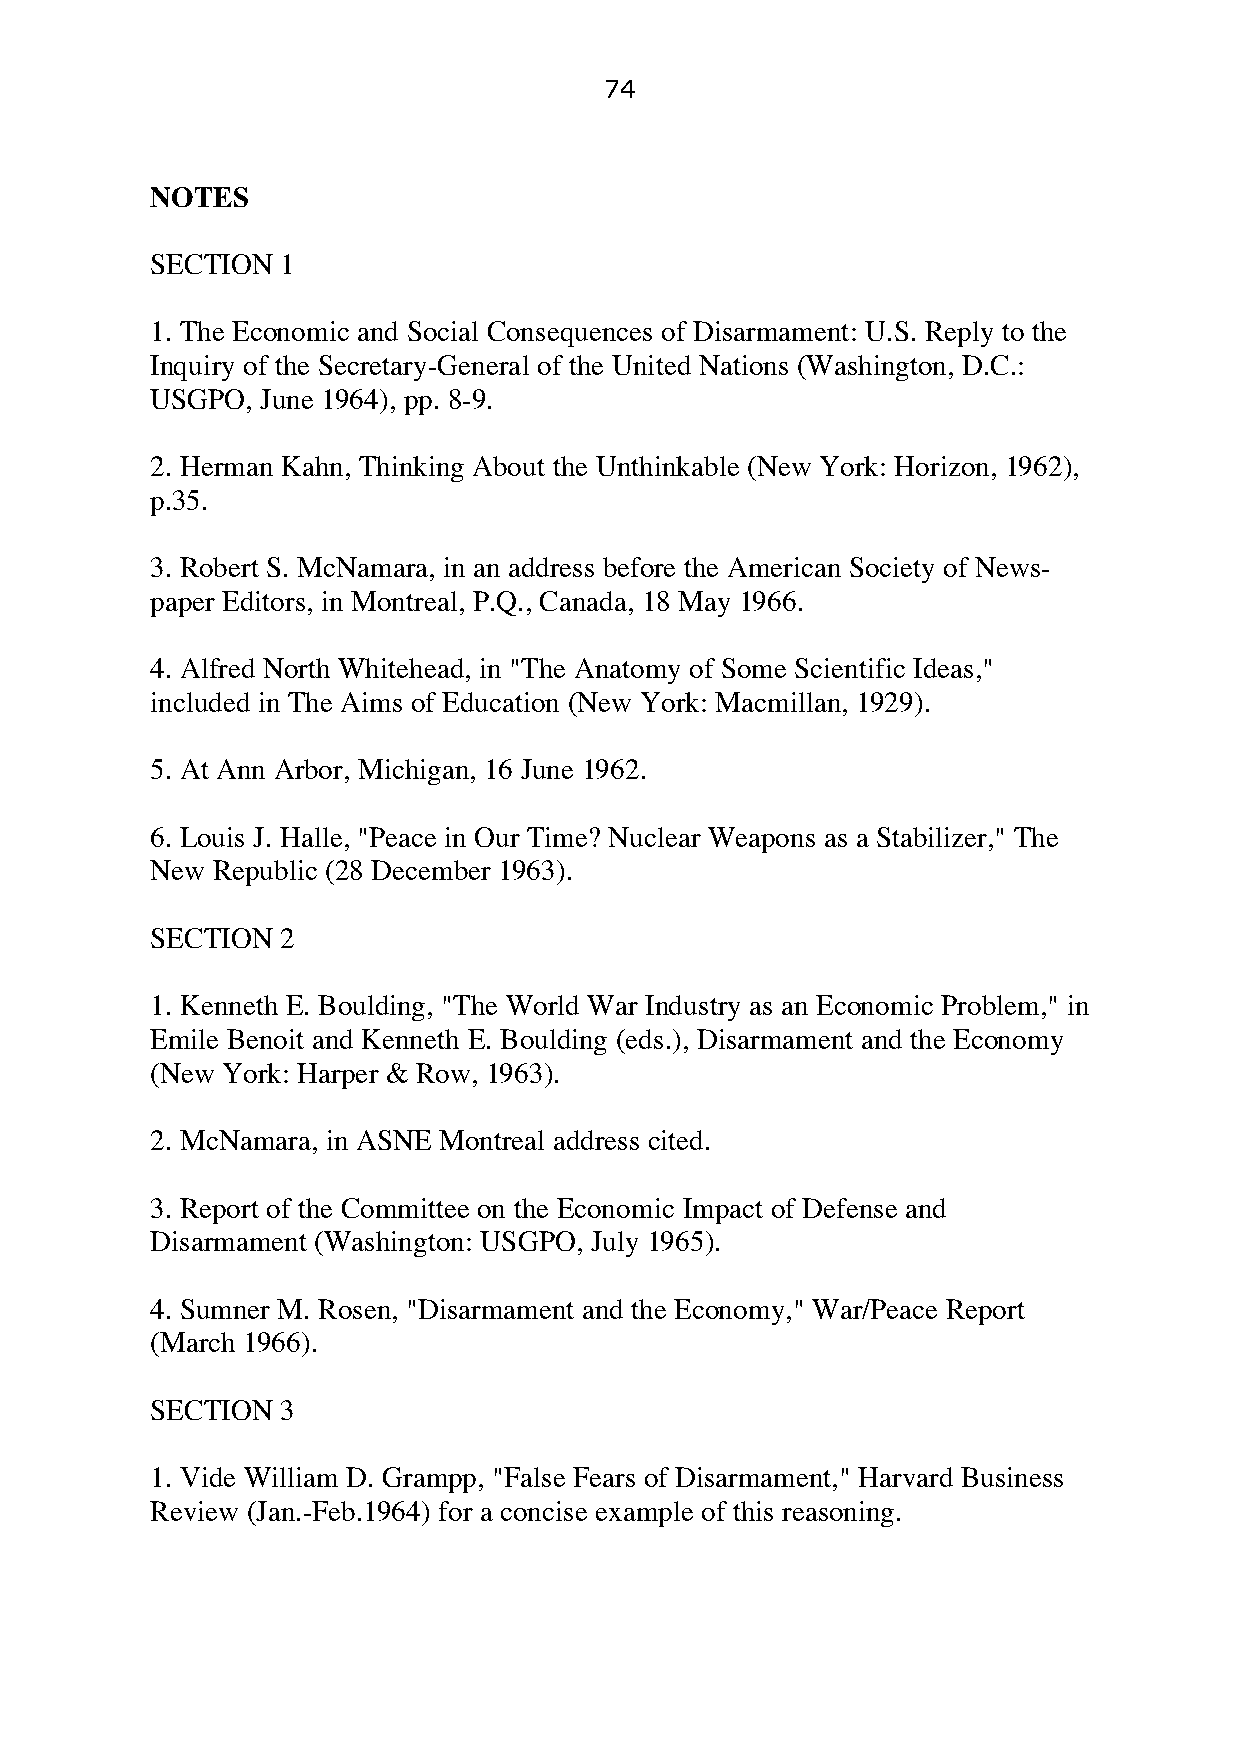
74
 NOTES
 SECTION  1
 1. The Economic and Social Consequences of Disarmament: U.S. Reply to the
 Inquiry of the Secretary-General of the United Nations (Washington, D.C.:
 USGPO, June 1964), pp. 8-9.
 2. Herman Kahn, Thinking About the Unthinkable (New York: Horizon, 1962),
 p.35.
 3. Robert S. McNamara, in an address before the American Society of News-
 paper Editors, in Montreal, P.Q., Canada, 18 May 1966.
 4. Alfred North Whitehead, in "The Anatomy of Some Scientific Ideas,"
 included in The Aims of Education (New York: Macmillan, 1929).
 5. At Ann Arbor, Michigan, 16 June 1962.
 6. Louis J. Halle, "Peace in Our Time? Nuclear Weapons as a Stabilizer," The
 New Republic (28 December 1963).
 SECTION  2
 1. Kenneth E. Boulding, "The World War Industry as an Economic Problem," in
 Emile Benoit and Kenneth E. Boulding (eds.), Disarmament and the Economy
 (New York: Harper & Row, 1963).
 2. McNamara, in ASNE Montreal address cited.
 3. Report of the Committee on the Economic Impact of Defense and
 Disarmament (Washington: USGPO, July 1965).
 4. Sumner M. Rosen, "Disarmament and the Economy," War/Peace Report
 (March 1966).
 SECTION  3
 1. Vide William D. Grampp, "False Fears of Disarmament," Harvard Business
 Review (Jan.-Feb.1964) for a concise example of this reasoning.